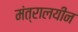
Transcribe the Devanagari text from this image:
मंत्रालयीन